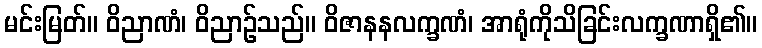
မင်းမြတ်။ ဝိညာဏံ၊ ဝိညာဉ်သည်။ ဝိဇာနနလက္ခဏံ၊ အာရုံကိုသိခြင်းလက္ခဏာရှိ၏။